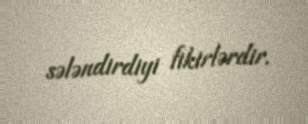
sələndirdiyi fikirlərdir.